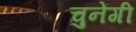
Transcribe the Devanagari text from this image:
चुनेंगी